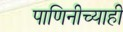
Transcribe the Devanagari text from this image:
पाणिनीच्याही